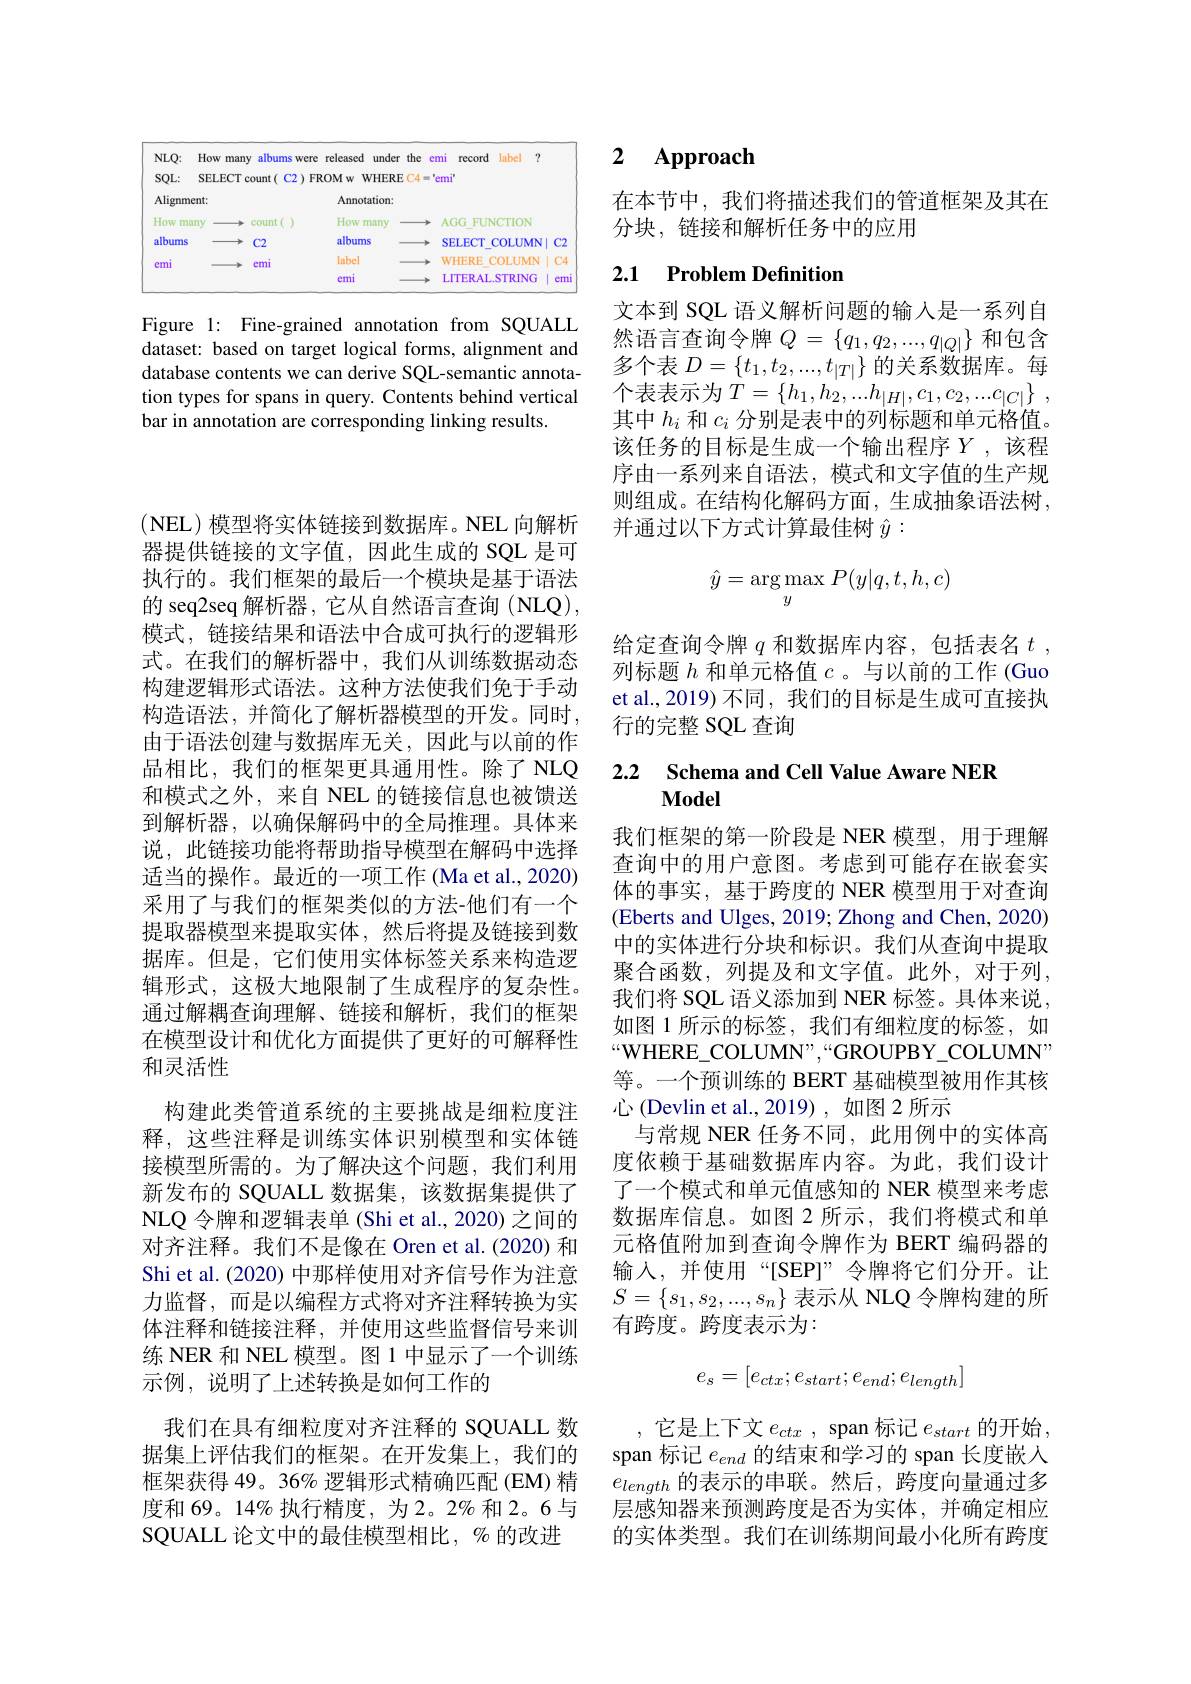
<table>
	<tbody>
		<tr>
			<th>$NLQ:$</th>
			<th>How many albums sWer</th>
			<th>released under TI the</th>
			<th>emi record label 7</th>
			<th> </th>
		</tr>
		<tr>
			<td>$SQL:$</td>
			<td>SELECT count( $C2)F$</td>
			<td>ROM w WHERE $\Xi C4$</td>
			<td>'emi"</td>
			<td> </td>
		</tr>
		<tr>
			<td>Alignme</td>
			<td>nt:</td>
			<td>Annotation</td>
			<td> </td>
			<td> </td>
		</tr>
		<tr>
			<td>How mal</td>
			<td>$1y$ count</td>
			<td>How r many</td>
			<td>$AGG$ FUNCTION</td>
			<td> </td>
		</tr>
		<tr>
			<td>albums</td>
			<td>$C2$</td>
			<td>albums</td>
			<td>SELECT COLUMN</td>
			<td>$C2$</td>
		</tr>
		<tr>
			<td>emi</td>
			<td>cmi</td>
			<td>label</td>
			<td>WHERE COLUMN</td>
			<td>$C4$</td>
		</tr>
		<tr>
			<td> </td>
			<td> </td>
			<td>emi</td>
			<td>LITERAL.STRING</td>
			<td>emi</td>
		</tr>
	</tbody>
</table>

Figure 1: Fine-grained annotation from SQUALL dataset: based on target logical forms, alignment and database contents we can derive SQL-semantic annotation types for spans in query. Contents behind vertical bar in annotation are corresponding linking results.

(NEL)模型将实体链接到数据库。NEL 向解析器提供链接的文字值，因此生成的 SQL 是可执行的。我们框架的最后一个模块是基于语法的 seq2seq 解析器，它从自然语言查询 (NLQ), 模式，链接结果和语法中合成可执行的逻辑形式。在我们的解析器中，我们从训练数据动态构建逻辑形式语法。这种方法使我们免于手动构造语法，并简化了解析器模型的开发。同时， 由于语法创建与数据库无关，因此与以前的作品相比，我们的框架更具通用性。除了 NLQ 和模式之外，来自 NEL 的链接信息也被馈送到解析器，以确保解码中的全局推理。具体来说，此链接功能将帮助指导模型在解码中选择适当的操作。最近的一项工作 (Ma et al., 2020) 采用了与我们的框架类似的方法-他们有一个提取器模型来提取实体，然后将提及链接到数据库。但是，它们使用实体标签关系来构造逻辑形式，这极大地限制了生成程序的复杂性。通过解耦查询理解、链接和解析，我们的框架在模型设计和优化方面提供了更好的可解释性和灵活性
构建此类管道系统的主要挑战是细粒度注释，这些注释是训练实体识别模型和实体链接模型所需的。为了解决这个问题，我们利用新发布的 SQUALL 数据集，该数据集提供了NLQ 令牌和逻辑表单 (Shi et al., 2020) 之间的对齐注释。我们不是像在 Oren et al.(2020) 和Shi et al. (2020) 中那样使用对齐信号作为注意力监督，而是以编程方式将对齐注释转换为实体注释和链接注释，并使用这些监督信号来训练 NER 和 NEL 模型。图 1 中显示了一个训练示例，说明了上述转换是如何工作的
我们在具有细粒度对齐注释的 SQUALL 数据集上评估我们的框架。在开发集上，我们的框架获得 49。36% 逻辑形式精确匹配 (EM) 精度和 69。14% 执行精度，为2。2% 和 2。6 与SQUALL 论文中的最佳模型相比，% 的改进

### 2 $\mathbf{Approach}$

在本节中，我们将描述我们的管道框架及其在
分块，链接和解析任务中的应用

## 2.1 Problem Definition

文本到 SQL 语义解析问题的输入是一系列自然语言查询令牌$Q=\{q_1,q_2,...,q_{|Q|}\}$和包含多个表$D=\left\{t_1,t_2,...,t_{|T|}\right\}$的关系数据库。每个表表示为$T=\left\{h_{1},h_{2},...h_{|H|},c_{1},c_{2},...c_{|C|}\right\}$, 其中$h_i$和$c_i$分别是表中的列标题和单元格值。该任务的目标是生成一个输出程序$Y$,该程序由一系列来自语法，模式和文字值的生产规则组成。在结构化解码方面，生成抽象语法树， 并通过以下方式计算最佳树$\hat{y}:$
$$\hat{y}=\arg\max_{y}P(y|q,t,h,c)$$
给定查询令牌$q$和数据库内容，包括表名$t$, 列标题$h$和单元格值$c$ 。与以前的工作 (Guo et al., 2019) 不同，我们的目标是生成可直接执行的完整 SQL 查询

### 2.2 Schema and Cell Value Aware NER Model

我们框架的第一阶段是 NER 模型，用于理解查询中的用户意图。考虑到可能存在嵌套实体的事实，基于跨度的 NER 模型用于对查询(Eberts and Ulges, 2019; Zhong and Chen, 2020) 中的实体进行分块和标识。我们从查询中提取聚合函数，列提及和文字值。此外，对于列， 我们将 SQL 语义添加到 NER 标签。具体来说， 如图 1 所示的标签，我们有细粒度的标签，如“WHERE\_COLUMN”,“GROUPBY_COLUMN” 等。一个预训练的 BERT 基础模型被用作其核心 (Devlin et al.,2019) , 如图 2 所示
与常规 NER 任务不同，此用例中的实体高度依赖于基础数据库内容。为此，我们设计了一个模式和单元值感知的 NER 模型来考虑数据库信息。如图 2 所示，我们将模式和单元格值附加到查询令牌作为 BERT 编码器的输入，并使用“[SEP]”令牌将它们分开。让$S=\begin{Bmatrix}s_1,s_2,...,s_n\end{Bmatrix}$表示从 NLQ 令牌构建的所有跨度。跨度表示为：
$$e_s=[e_{ctx};e_{start};e_{end};e_{length}]$$
,它是上下文$e_ctx$, span 标记$e_start$的开始. span 标记$e_{end}$的结束和学习的 span 长度嵌入$e_{length}$的表示的串联。然后，跨度向量通过多层感知器来预测跨度是否为实体，并确定相应的实体类型。我们在训练期间最小化所有跨度